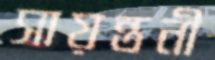
সায়ন্তনী